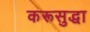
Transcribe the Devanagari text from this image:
करूसुद्धा